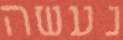
נעשה